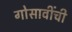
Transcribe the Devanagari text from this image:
गोसावींची